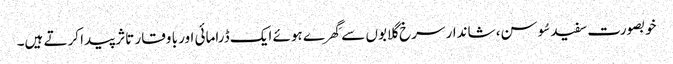
خوبصورت سفید سُوسن، شاندار سرخ گلابوں سے گِھرے ہوئے ایک ڈرامائی اور با وقار تاثر پیدا کرتے ہیں۔